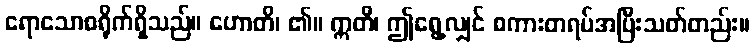
ရောသောစရိုက်ရှိသည်။ ဟောတိ၊ ၏။ ဣတိ၊ ဤရွေ့လျှင် စကားတရပ်အပြီးသတ်တည်း။